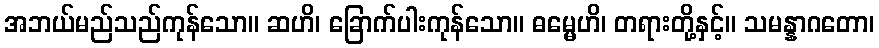
အဘယ်မည်သည်ကုန်သော။ ဆဟိ၊ ခြောက်ပါးကုန်သော။ ဓမ္မေဟိ၊ တရားတို့နှင့်။ သမန္နာဂတော၊